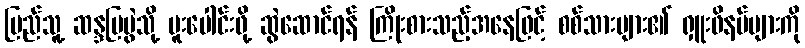
ပြည်သူ့ ဆန္ဒပြပွဲသို့ ပူးပေါင်းဖို့ ဆွဲဆောင်ရန် ကြိုးစားသည့်အနေဖြင့် စစ်သားများ၏ ရှူးဖိနပ်များကို